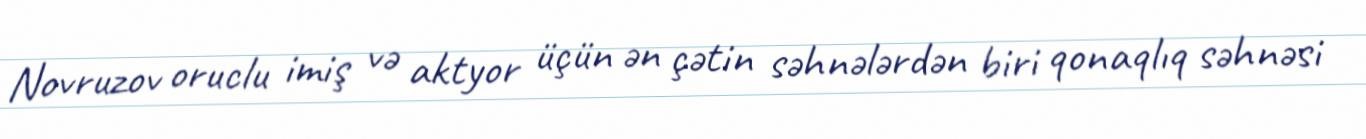
Novruzov oruclu imiş və aktyor üçün ən çətin səhnələrdən biri qonaqlıq səhnəsi